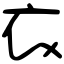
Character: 衣